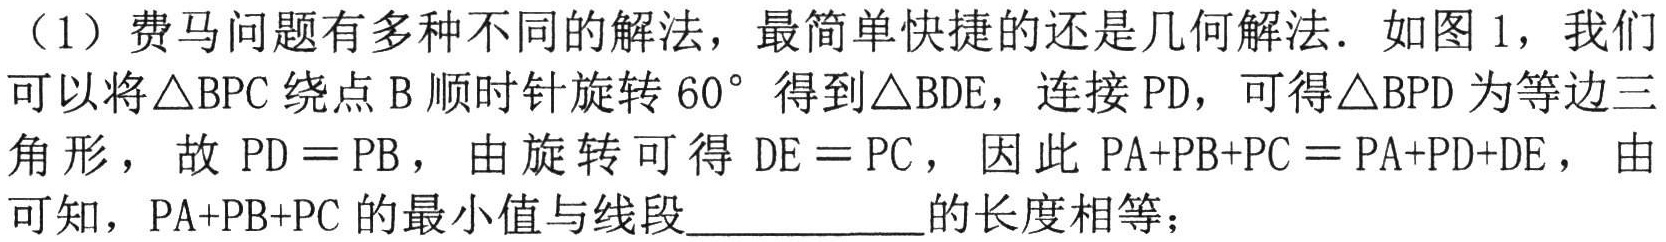
(1)费马问题有多种不同的解法，最简单快捷的还是几何解法. 如图1，我们
可以将$\triangle BPC$绕点$B$顺时针旋转$60^{\circ}$得到$\triangle BDE$，连接$PD$，可得$\triangle BPD$为等边三
角形，故$PD = PB$，由旋转可得$DE = PC$，因此$PA + PB+ PC=PA + PD + DE$，由
可知，$PA + PB + PC$的最小值与线段__________的长度相等；